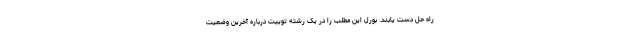
راه حل دست یابند. بورل این مطلب را در یک رشته توییت درباره آخرین وضعیت